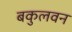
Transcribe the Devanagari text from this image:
बकुलवन